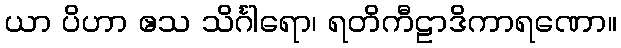
ယာ ပိဟာ ဧသ သိင်္ဂါရော၊ ရတိကီဠာဒိကာရဏော။